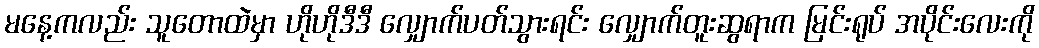
မနေ့ကလည်း သူတောထဲမှာ ဟိုဟိုဒီဒီ လျှောက်ပတ်သွားရင်း လျှောက်တူးဆွရာက မြင်းရုပ် အပိုင်းလေးကို